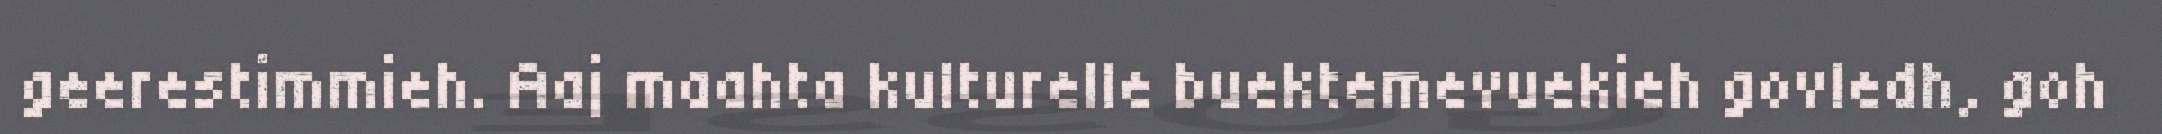
geerestimmieh. Aaj maahta kulturelle buektemevuekieh govledh, goh